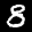
Label: 8